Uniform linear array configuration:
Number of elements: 48
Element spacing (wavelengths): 1
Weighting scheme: hann
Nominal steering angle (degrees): -30
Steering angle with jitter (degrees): -30.217
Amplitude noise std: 0.05
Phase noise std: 0.05

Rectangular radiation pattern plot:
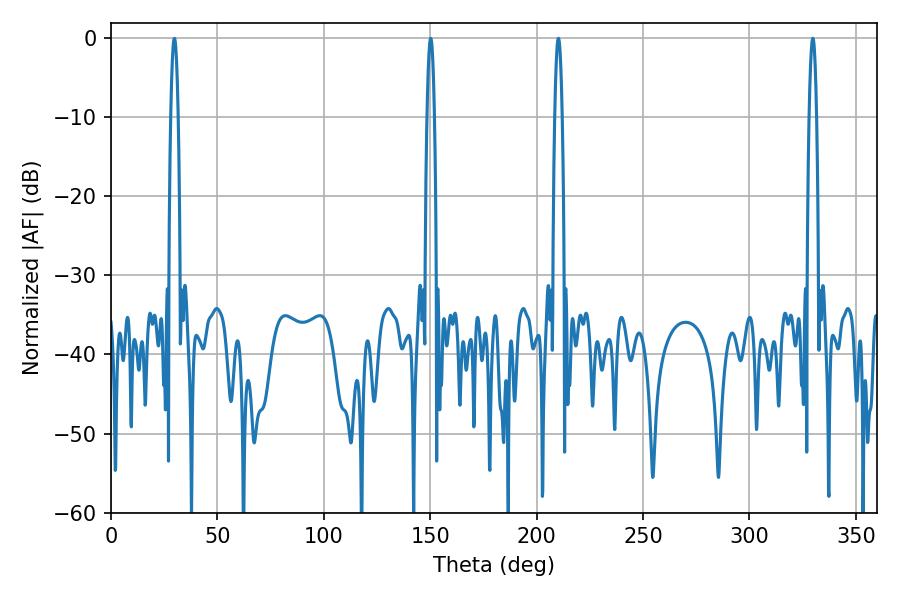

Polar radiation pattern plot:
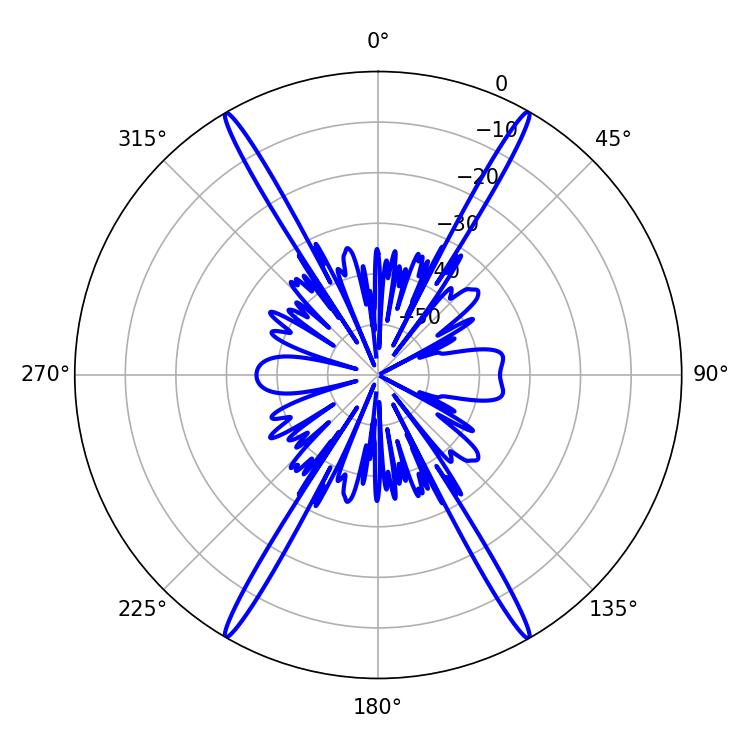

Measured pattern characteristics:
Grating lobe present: TRUE
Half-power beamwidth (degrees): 1.8
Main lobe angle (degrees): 210.24